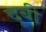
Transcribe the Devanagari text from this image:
दूबी